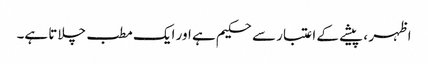
اظہر ، پیشے کے اعتبار سے حکیم ہے اور ایک مطب چلاتا ہے۔